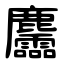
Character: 麢